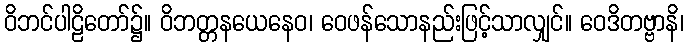
ဝိဘင်ပါဠိတော်၌။ ဝိဘတ္တနယေနေဝ၊ ဝေဖန်သောနည်းဖြင့်သာလျှင်။ ဝေဒိတဗ္ဗာနိ၊